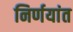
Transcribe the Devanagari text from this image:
निर्णयांत